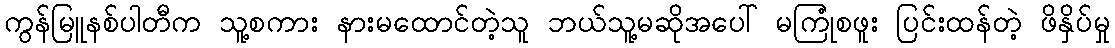
ကွန်မြူနစ်ပါတီက သူ့စကား နားမထောင်တဲ့သူ ဘယ်သူ့မဆိုအပေါ် မကြုံစဖူး ပြင်းထန်တဲ့ ဖိနှိပ်မှု